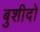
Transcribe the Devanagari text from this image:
बुशीदो